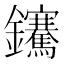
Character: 𨰬